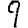
Digit: 9